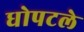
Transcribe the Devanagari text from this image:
धोपटले